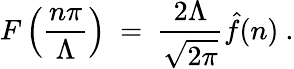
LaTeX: F\left({\frac{n\pi}{\Lambda}}\right)\ =\ {\frac{2\Lambda}{\sqrt{2\pi}}}\hat{f}(n)\ .